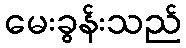
မေးခွန်းသည်